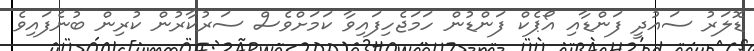
ޑޮލަރު ސައުދީ ފަންޑާއި އޯޕެކް ފަންޑުން ހަމަޖެހިފައިވާ ކަމަށްވެސް ސަރުކާރުން ކުރިން ބުނެފައިވެ